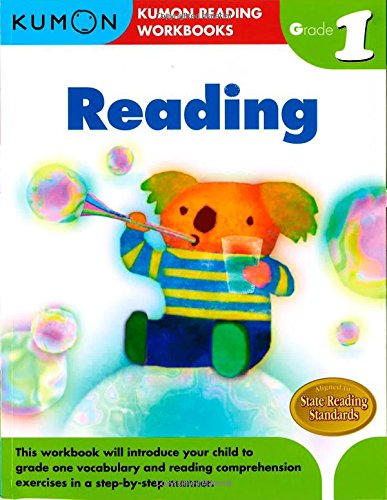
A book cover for Grade 1 Reading (Kumon Reading Workbooks); Kumon Publishing; Test Preparation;